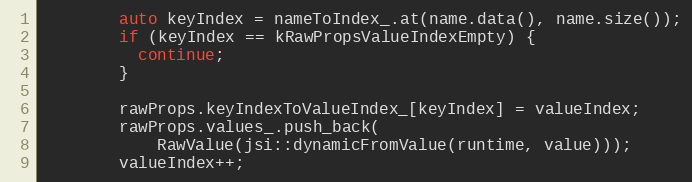
Language: C++
        auto keyIndex = nameToIndex_.at(name.data(), name.size());
        if (keyIndex == kRawPropsValueIndexEmpty) {
          continue;
        }

        rawProps.keyIndexToValueIndex_[keyIndex] = valueIndex;
        rawProps.values_.push_back(
            RawValue(jsi::dynamicFromValue(runtime, value)));
        valueIndex++;